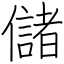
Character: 儲